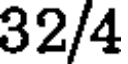
32/4